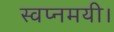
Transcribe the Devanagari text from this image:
स्वप्नमयी।